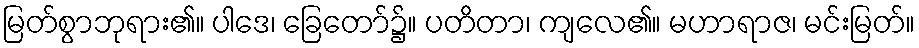
မြတ်စွာဘုရား၏။ ပါဒေ၊ ခြေတော်၌။ ပတိတာ၊ ကျလေ၏။ မဟာရာဇ၊ မင်းမြတ်။